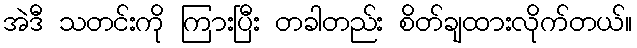
အဲဒီ သတင်းကို ကြားပြီး တခါတည်း စိတ်ချထားလိုက်တယ်။